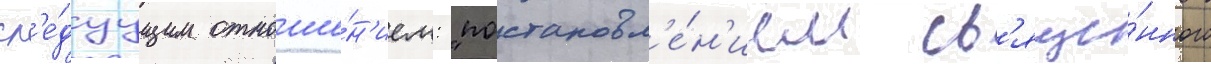
сл'е́дуущим отноше́н'ием: "постановл'е́н'ием св'яще́нного